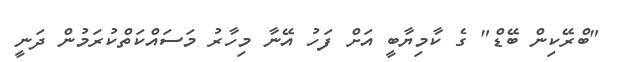
"ބްރޭކިން ބޭޑް" ގެ ކާމިޔާބީ އަށް ފަހު އޭނާ މިހާރު މަސައްކަތްކުރަމުން ދަނީ